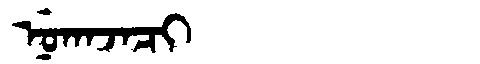
Manchu: ᠨᡠᡴᠠᠵᠠᠴᡳ
Romanization: NUKAJACI